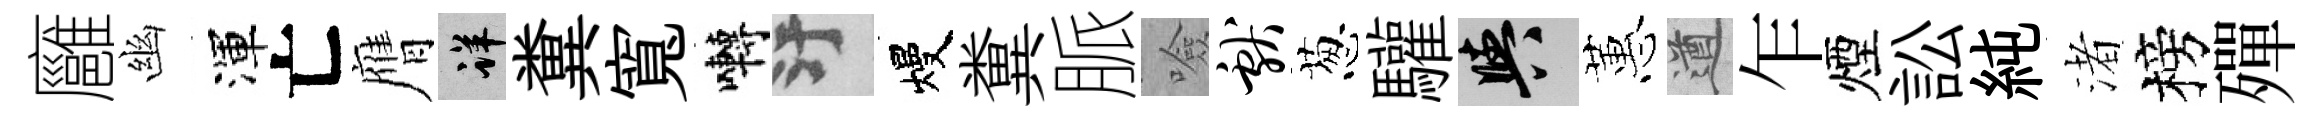
廱幽渾亡膺详糞寬囀污熳糞脈噞献葱驩阳蕙遒乍煙訟純渚榜殫